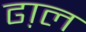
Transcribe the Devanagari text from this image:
ढा़ल